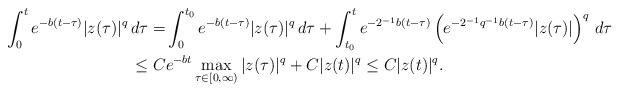
LaTeX: \begin{align*}\int_0^t e^{-b(t-\tau)} |z(\tau)|^q \, d\tau=&\int_0^{t_0} e^{-b(t-\tau)} |z(\tau)|^q \, d\tau +\int_{t_0}^t e^{-2^{-1}b(t-\tau)} \left(e^{-2^{-1}q^{-1}b(t-\tau)} |z(\tau)|\right)^q \, d\tau\\ \leq C & e^{-bt} \max_{\tau\in [0,\infty)}|z(\tau)|^q+ C |z(t)|^q \leq C |z(t)|^q.\end{align*}